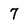
Character: 7